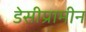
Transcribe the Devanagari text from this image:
डेसीप्रामीन